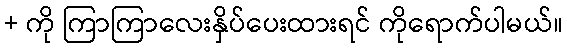
+ ကို ကြာကြာလေးနှိပ်ပေးထားရင် ကိုရောက်ပါမယ်။